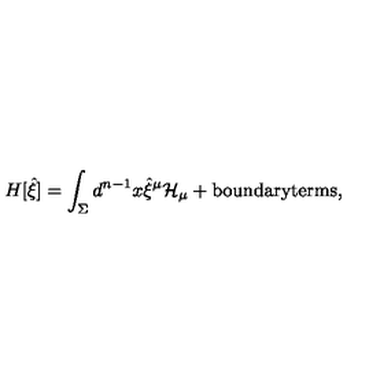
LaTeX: H [ { \hat { \xi } } ] = \int _ { \Sigma } d ^ { n - 1 } x { \hat { \xi } } ^ { \mu } { \cal H } _ { \mu } + \mathrm { \em b o u n d a r y t e r m s } ,